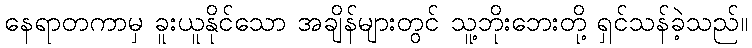
နေရာတကာမှ ခူးယူနိုင်သော အချိန်များတွင် သူ့ဘိုးဘေးတို့ ရှင်သန်ခဲ့သည်။